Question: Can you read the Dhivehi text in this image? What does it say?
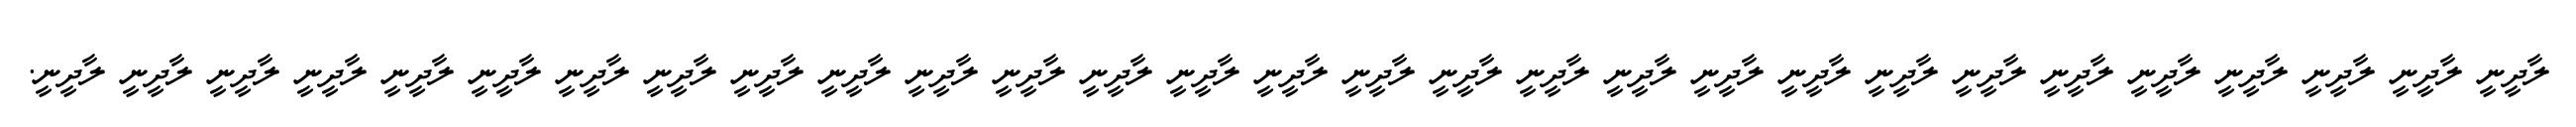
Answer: ލާދީނީ ލާދީނީ ލާދީނީ ލާދީނީ ލާދީނީ ލާދީނީ ލާދީނީ ލާދީނީ ލާދީނީ ލާދީނީ ލާދީނީ ލާދީނީ ލާދީނީ ލާދީނީ ލާދީނީ ލާދީނީ ލާދީނީ ލާދީނީ ލާދީނީ ލާދީނީ ލާދީނީ ލާދީނީ ލާދީނީ ލާދީނީ ލާދީނީ ލާދީނީ ލާދީނީ ލާދީނީ ލާދީނީ.